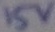
Text: 15v